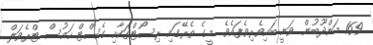
169 މަންދޫބުން ވަނީ ބައިވެރިވެފައެވެ. މީގެ ތެރޭގައި ރިސޯޓްތަކާއި ގެސްޓް ހައުސް ޓްރެވަލް